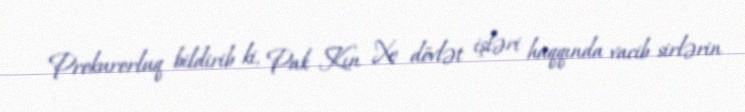
Prokurorluq bildirib ki, Pak Kın Xe dövlət işləri haqqında vacib sirlərin